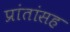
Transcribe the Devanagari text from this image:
प्रांतांसह